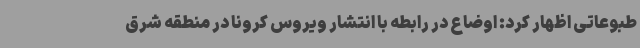
طبوعاتی اظهار کرد: اوضاع در رابطه با انتشار ویروس کرونا در منطقه شرق